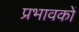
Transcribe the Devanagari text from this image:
प्रभावकों